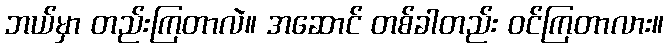
ဘယ်မှာ တည်းကြတာလဲ။ အဆောင် တစ်ခါတည်း ဝင်ကြတာလား။